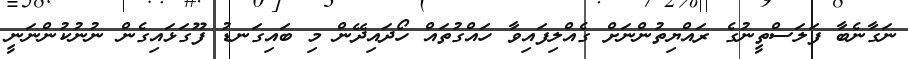
ނަގާނެބާ ފަލަސްތީނުގެ ރައްޔިތުންނަށް ގެއްލިފައިވާ ހައްގުތައް ހޯދައިދޭން މި ބައިގަނޑު ފޫގަޅައިގެން ނުނުކުންނަނީ